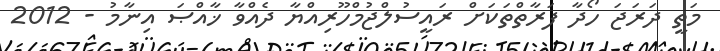
މަތީ ދަރަޖަ ހޯދާ ފަރާތްތަކަށް ރައީސުލްޖުމްހޫރިއްޔާ ދެއްވާ ޚާއްޞަ އިނާމު - 2012